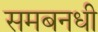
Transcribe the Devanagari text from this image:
समबनधी